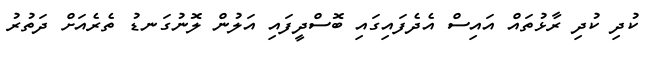
ކުދި ކުދި ރާޅުތައް އައިސް އެދެފައިގައި ބޮސްދީފައި އަލުން ލޮނުގަނޑު ތެރެއަށް ދަތުރު